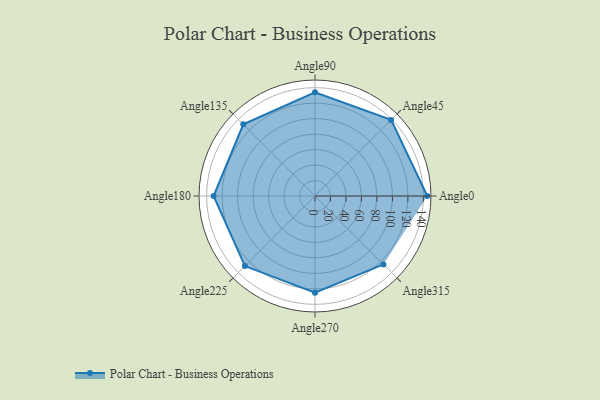
{"axis": {"x": "Angle", "y": "Radius"}, "legend": [""], "data": [{"x": "Angle0", "y": 145.0, "type": ""}, {"x": "Angle45", "y": 139.0, "type": ""}, {"x": "Angle90", "y": 134.0, "type": ""}, {"x": "Angle135", "y": 131.0, "type": ""}, {"x": "Angle180", "y": 131.0, "type": ""}, {"x": "Angle225", "y": 128.0, "type": ""}, {"x": "Angle270", "y": 125.0, "type": ""}, {"x": "Angle315", "y": 125.0, "type": ""}]}